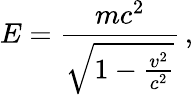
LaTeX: E=\frac{mc^{2}}{\sqrt{1-\frac{v^{2}}{c^{2}}}}\, ,